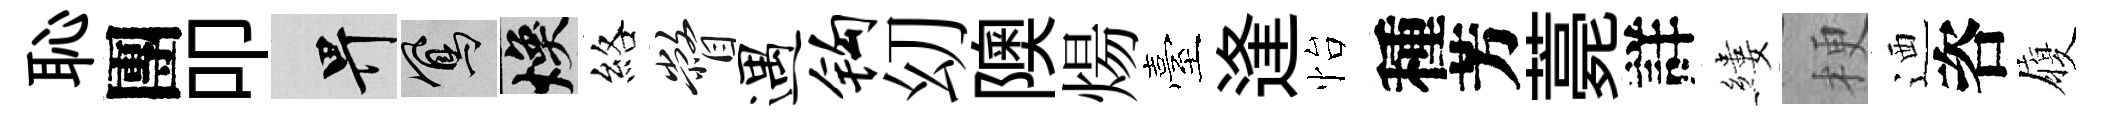
恥團叩畀鳳焕絡瞥遇钩㓜隩煬臺逢怡種芳薧詳縷梗迺咨履